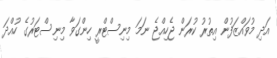
އަދި މުވައްޒަފުން އިތުރު ކުރަން ޖެހިއްޖެ ނަމަ މިނިސްޓްރީ ހިންގަވާ މިނިސްޓަރުގެ ހުއްދަ